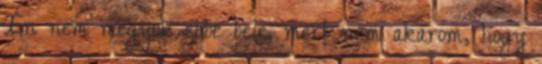
Én nem megyek ebbe bele, mert nem akarom, hogy